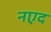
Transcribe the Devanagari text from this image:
नएद